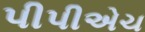
પીપીએચ